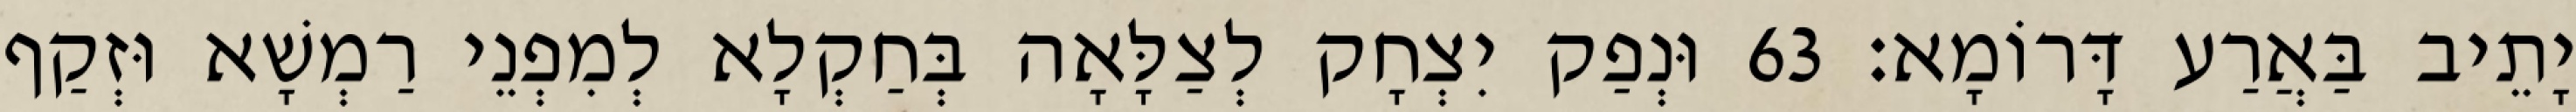
יָתֵיב בַּאֲרַע דָּרוֹמָא׃ 63 וּנְפַק יִצְחָק לְצַלָּאָה בְּחַקְלָא לְמִפְנֵי רַמְשָׁא וּזְקַף